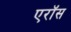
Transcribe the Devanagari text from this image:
एरॉस